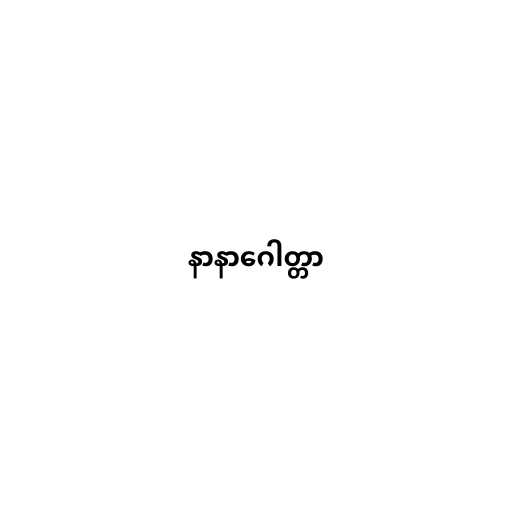
နာနာဂေါတ္တာ